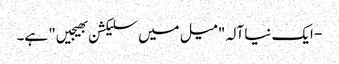
- ایک نیا آلہ "میل میں سلیکشن بھیجیں" ہے۔